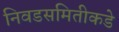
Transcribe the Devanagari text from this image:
निवडसमितीकडे